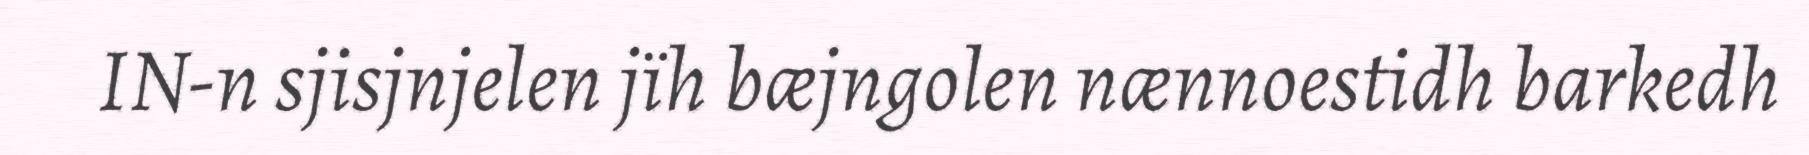
IN-n sjisjnjelen jïh bæjngolen nænnoestidh barkedh